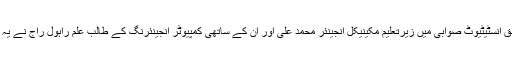
غلام اسحٰق انسٹیٹیوٹ صوابی میں زیرتعلیم مکینیکل انجینئر محمد علی اور ان کے ساتھی کمپیوٹر انجینئرنگ کے طالب علم راہول راج نے یہ آلہ بنایا ۔